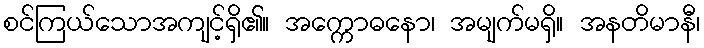
စင်ကြယ်သောအကျင့်ရှိ၏။ အက္ကောဓနော၊ အမျက်မရှိ။ အနတိမာနီ၊